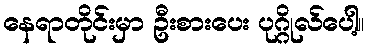
နေရာတိုင်းမှာ ဦးစားပေး ပုဂ္ဂိုလ်ပေါ့။